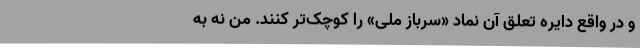
و در واقع دایره تعلق آن نماد «سرباز ملی» را کوچک‌تر کنند. من نه به